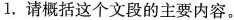
1.请概括这个文段的主要内容。